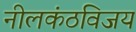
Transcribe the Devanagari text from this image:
नीलकंठविजय